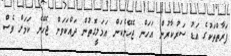
ފަރާތްތަކުގެ އަޑު ސަރުކާރުން އަހަން ޖެހޭނެކަން އަމަލީގޮތުން ދައްކަވަން ޖެހޭނެ ކަމަށް ވެސް